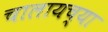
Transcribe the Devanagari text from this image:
चालायच्या